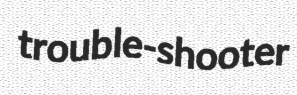
trouble-shooter